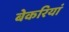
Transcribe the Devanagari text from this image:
बेकरियां